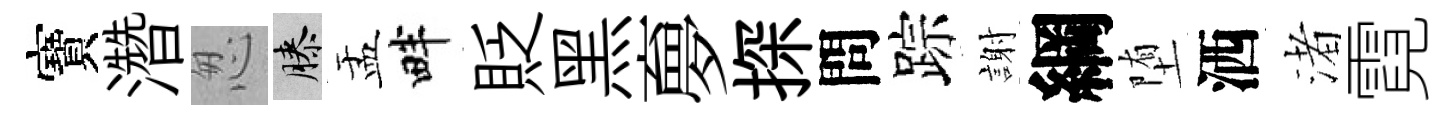
寶濳怱膝盂畔貶黑夣探問踪謝綱堕洒渚霓